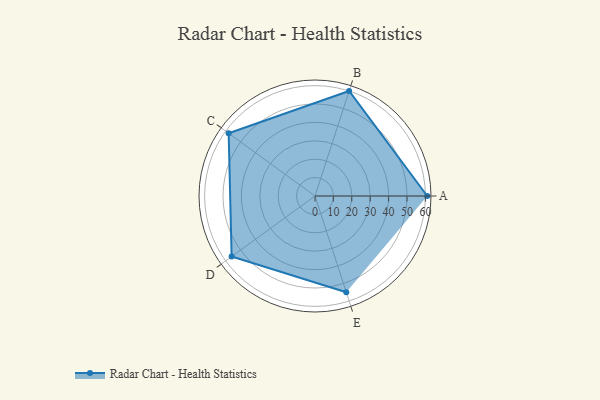
{"axis": {"x": "Skill", "y": "Score"}, "legend": ["Profile"], "data": [{"x": "A", "y": 61.0, "type": "Profile"}, {"x": "B", "y": 60.0, "type": "Profile"}, {"x": "C", "y": 58.0, "type": "Profile"}, {"x": "D", "y": 56.0, "type": "Profile"}, {"x": "E", "y": 55.0, "type": "Profile"}]}